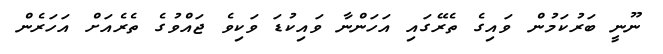
ނޫނީ ބަރުކަމުން ވައިގެ ތެރޭގައި އަހަންނާ ވައިކުޑަ ވަކިވެ ޖައްވުގެ ތެރެއަށް އަހަރެން